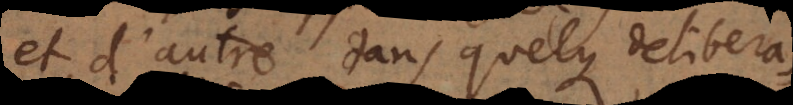
et d’autre dans quelque deliberation